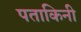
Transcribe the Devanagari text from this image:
पताकिनी